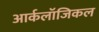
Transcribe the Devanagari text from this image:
आर्कलॉजिकल